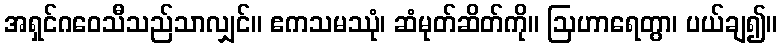
အရှင်ဂဝေသီသည်သာလျှင်။ ဧကသမဿုံ၊ ဆံမုတ်ဆိတ်ကို။ ဩဟာရေတွာ၊ ပယ်ချ၍။